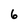
Character: 6